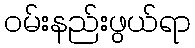
ဝမ်းနည်းဖွယ်ရာ